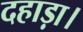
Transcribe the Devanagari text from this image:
दहाड़ा।